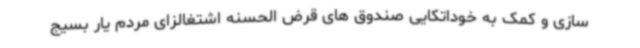
سازی و کمک به خوداتکایی صندوق های قرض الحسنه اشتغالزای مردم یار بسیج